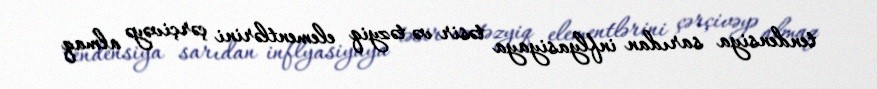
tendensiya sarıdan inflyasiyaya təsir və təzyiq elementlərini çərçivəyə almaq